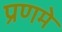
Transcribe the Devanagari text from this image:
प्रणमे